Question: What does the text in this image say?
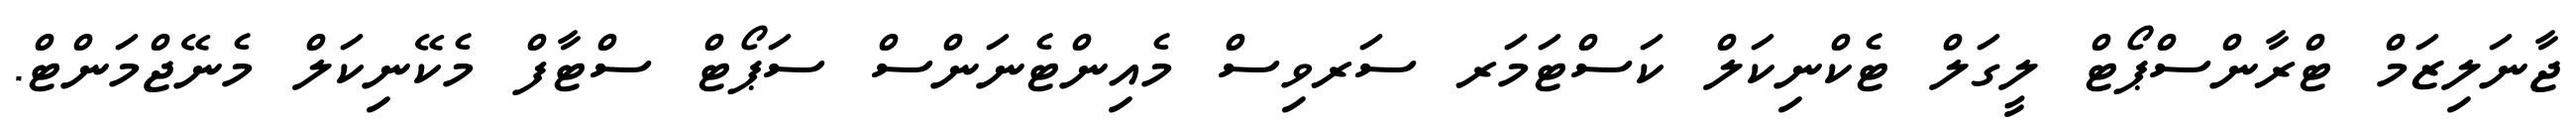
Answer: ޖާނަލިޒަމް ޓްރާންސްޕޯޓް ލީގަލް ޓެކްނިކަލް ކަސްޓަމަރ ސަރވިސް މެއިންޓެނަންސް ސަޕޯޓް ސްޓާފް މެކޭނިކަލް މެނޭޖްމަންޓް.